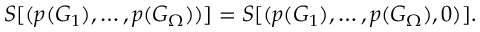
S [ ( p ( G _ { 1 } ) , \dots , p ( G _ { \Omega } ) ) ] = S [ ( p ( G _ { 1 } ) , \dots , p ( G _ { \Omega } ) , 0 ) ] .